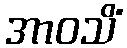
အာဝသိံ